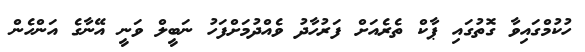
ހުކުމްގައިވާ ގޮތުގައި ޕާކް ތެރެއަށް ފަރުހާދު ވެއްދުމަށްފަހު ނަބީލް ވަނީ އޭނާގެ އަންހެން